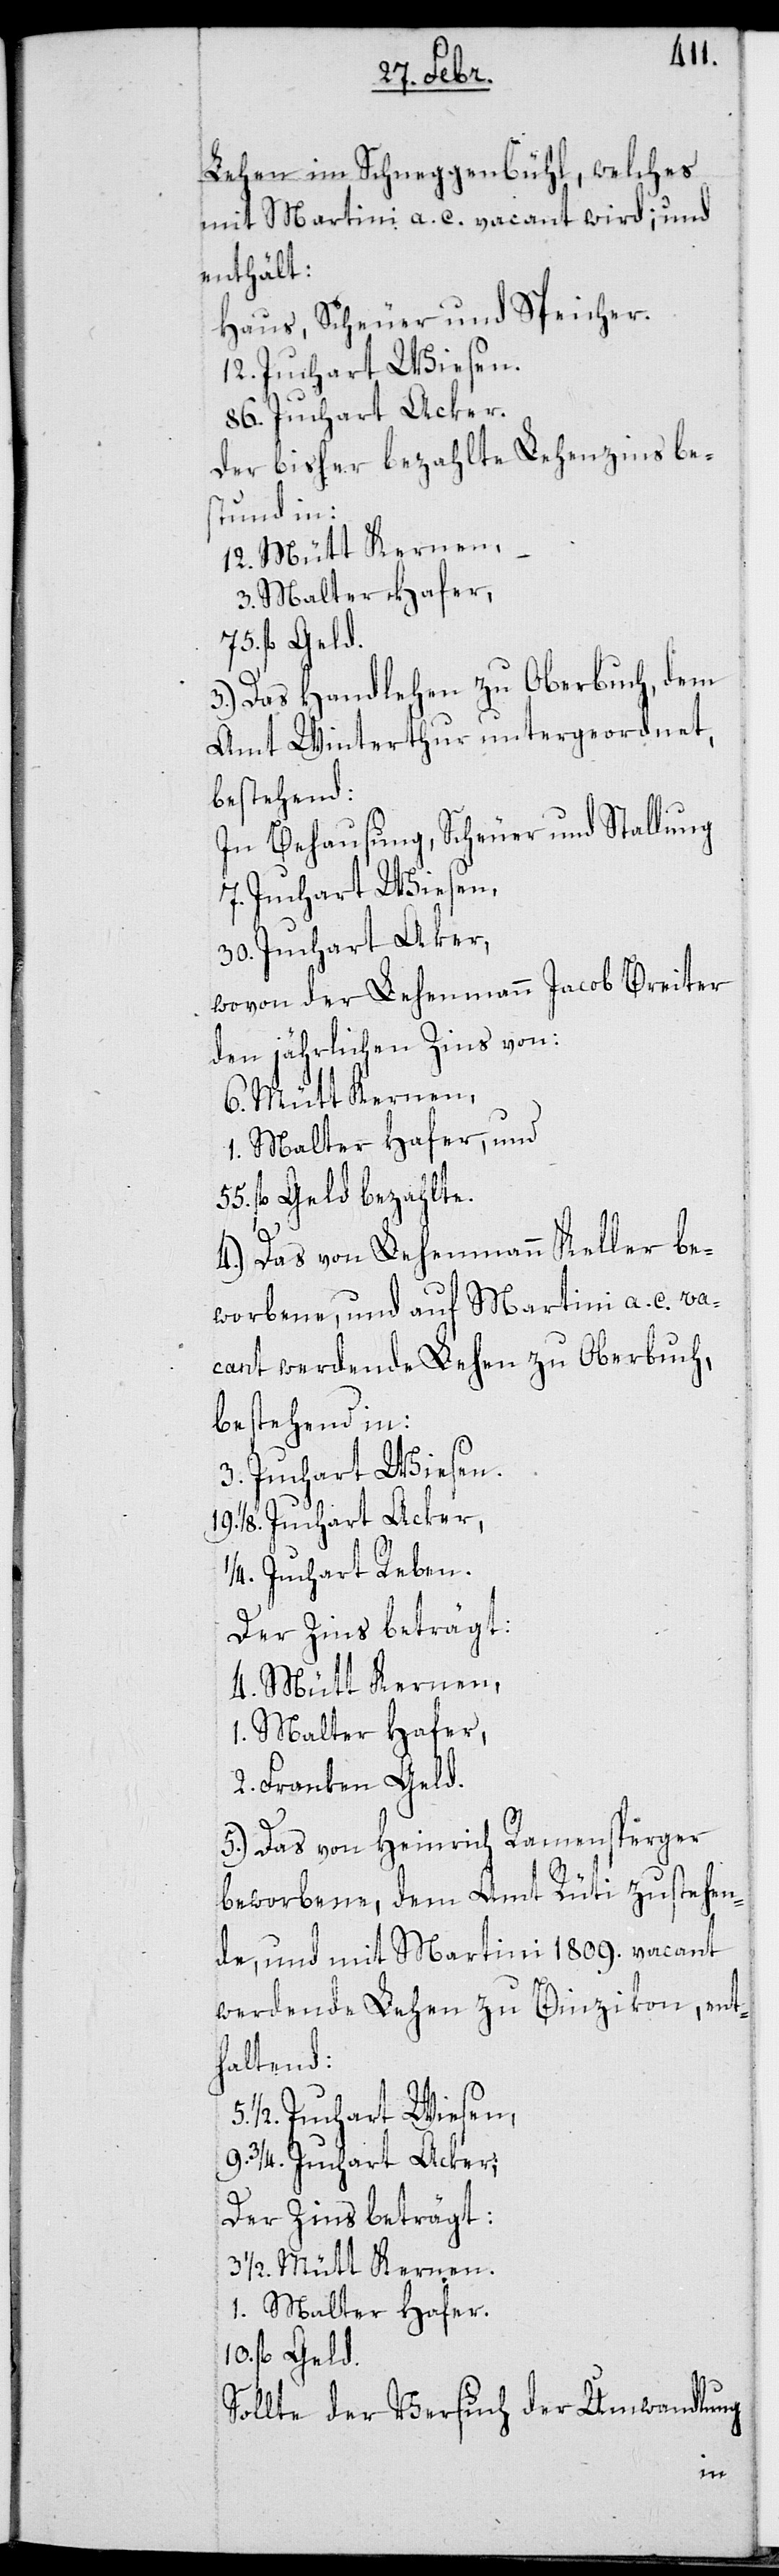
Lehen im Schneggenbühl, welches
mit Martini a. c. vacant wird; und
enthält:
Haus, Scheuer und Speicher.
12 Juchart Wiesen.
86 Juchart Acker.
Der bisher bezahlte Lehenzins be¬
stund in:
12 Mütt Kernen,
3 Malter Hafer,
10. fl. Geld.
3.) Das Handlehen zu Oberbuch, dem
Amt Winterthur untergeordnet,
bestehend:
In Behausung, Scheuer und Stallung
7 Juchart Wiesen,
30 Juchart Aker,
wovon der Lehenmann Jacob Breiter
den jährlichen Zins von:
1 Malter Hafer, und
fl. Geld bezahlte.
4.) Das von Lehenmann Keller be¬
worbene, und auf Martini a. c. va¬
cant werdende Lehen zu Oberbuch,
bestehend in:
3 Juchart Wiesen.
19 ¹/8 Juchart Aker,
1/4 Juchart Reben.
Der Zins beträgt:
1/2 Mütt Kernen,
1. Malter Hafer,
2 Franken Geld.
5.) Das von Heinrich Ramensperger
beworbene, dem Amt Rüti zustehen¬
de, und mit Martini 1809. vacant
werdende Lehen zu Binzikon, ent¬
haltend:
5 1/2 Juchart Wiesen,
9 3/4 Juchart Acker.
Der Zins beträgt:
Sollte der Versuch der Umwandlung